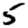
Digit: 5